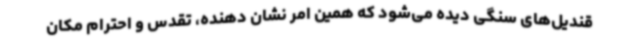
قندیل‌های سنگی دیده می‌شود که همین امر نشان دهنده، تقدس و احترام مکان